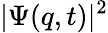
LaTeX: |\Psi(q,t)|^{2}